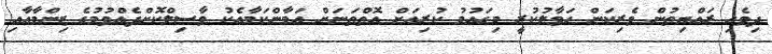
ދިވެހި ރައްޔިތުން ވެރިކަން ހަވާލުކުރީ މިގައުމު ކުރިއަށް އޮތްތަނަށް އަމާންކަމާއެކު ވާސިލްކޮށްދެއްވުމުގެ ޒިންމާއާއި